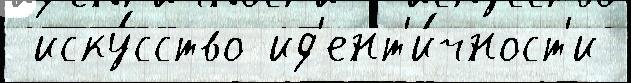
 иску́сство ид'ент'и́чност'и